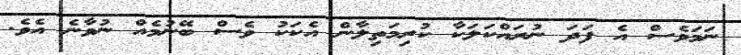
ނަމަވެސް އެ ފަދަ ނުރައްކަލަކާ ކުރިމަތިލާން އެކަކު ވެސް ބޭނުމެއް ނުވާނެ އެވެ.